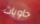
حاويات